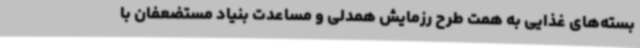
بسته‌های غذایی به همت طرح رزمایش همدلی و مساعدت بنیاد مستضعفان با